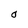
Character: O